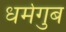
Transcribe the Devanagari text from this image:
धर्मगुब